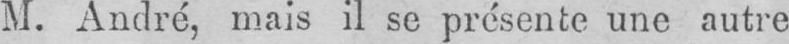
M. André, mais il se présente une autre